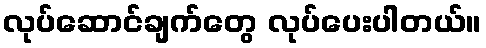
လုပ်ဆောင်ချက်တွေ လုပ်ပေးပါတယ်။